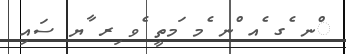
ްނ ެގ ެއ ްނ ެމ ަމތީ ެވ ިރ ާޔ ސައި